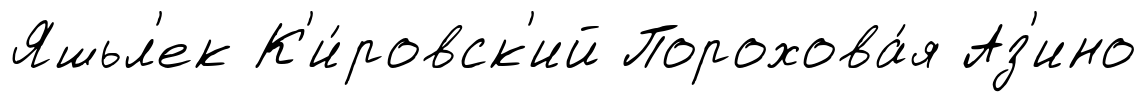
Яшьл'ек К'и́ровск'ий Порохова́я Аз'ино